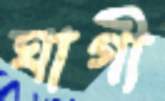
ঘাগী